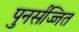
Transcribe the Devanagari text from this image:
पुनर्सज्जित